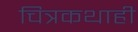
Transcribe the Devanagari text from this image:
चित्रकथाही